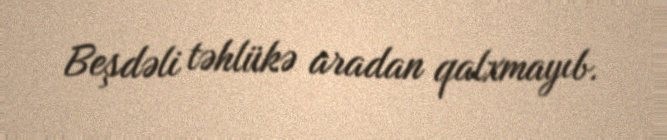
Beşdəli təhlükə aradan qalxmayıb.